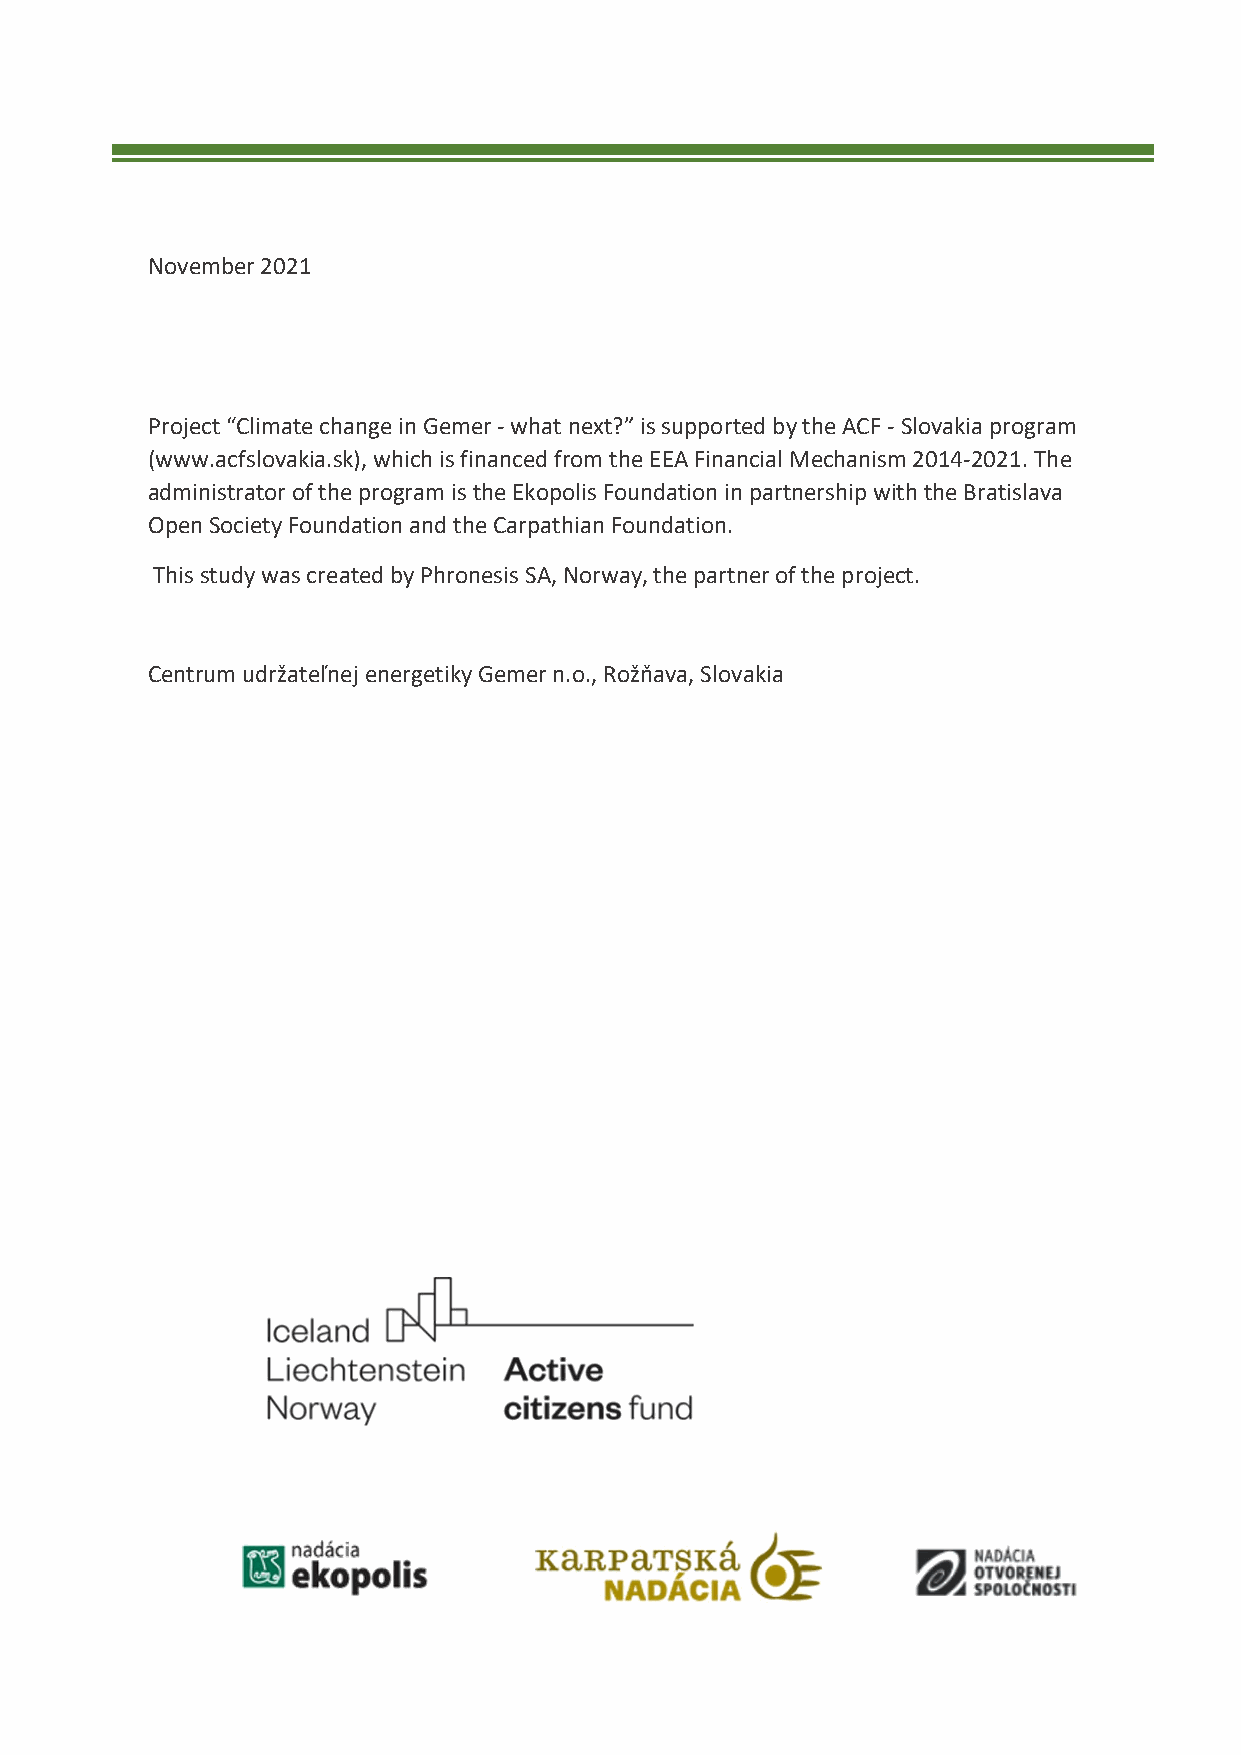
November 2021
 Project “Climate change in Gemer - what next?” is supported by the ACF - Slovakia program
 (www.acfslovakia.sk), which is financed from the EEA Financial Mechanism 2014-2021. The
 administrator of the program is the Ekopolis Foundation in partnership with the Bratislava
 Open Society Foundation and the Carpathian Foundation.
 This study was created by Phronesis SA, Norway, the partner of the project.
 Centrum udržateľnej energetiky Gemer n.o., Rožňava, Slovakia